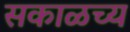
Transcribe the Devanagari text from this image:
सकाळच्य